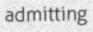
admitting